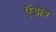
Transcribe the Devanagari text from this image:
ऍडोब